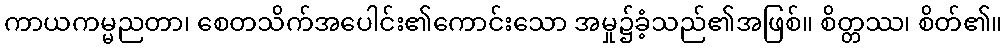
ကာယကမ္မညတာ၊ စေတသိက်အပေါင်း၏ကောင်းသော အမှု၌ခံ့သည်၏အဖြစ်။ စိတ္တဿ၊ စိတ်၏။